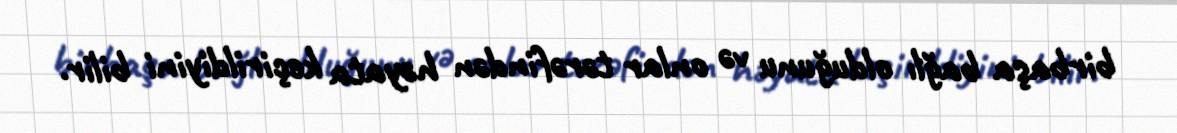
birbaşa bağlı olduğunu və onlar tərəfindən həyata keçirildiyini bilir.